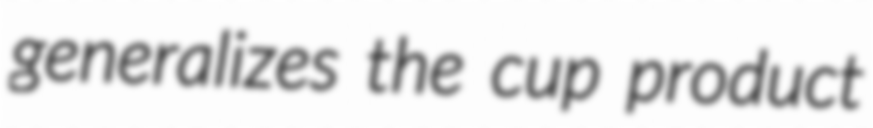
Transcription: generalizes the cup product